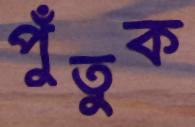
পুঁতুক